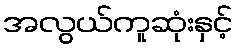
အလွယ်ကူဆုံးနှင့်